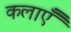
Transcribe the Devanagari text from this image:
कलाऍँ